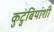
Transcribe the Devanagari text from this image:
कुटुंबियांशी